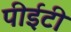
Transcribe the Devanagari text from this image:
पीईटी